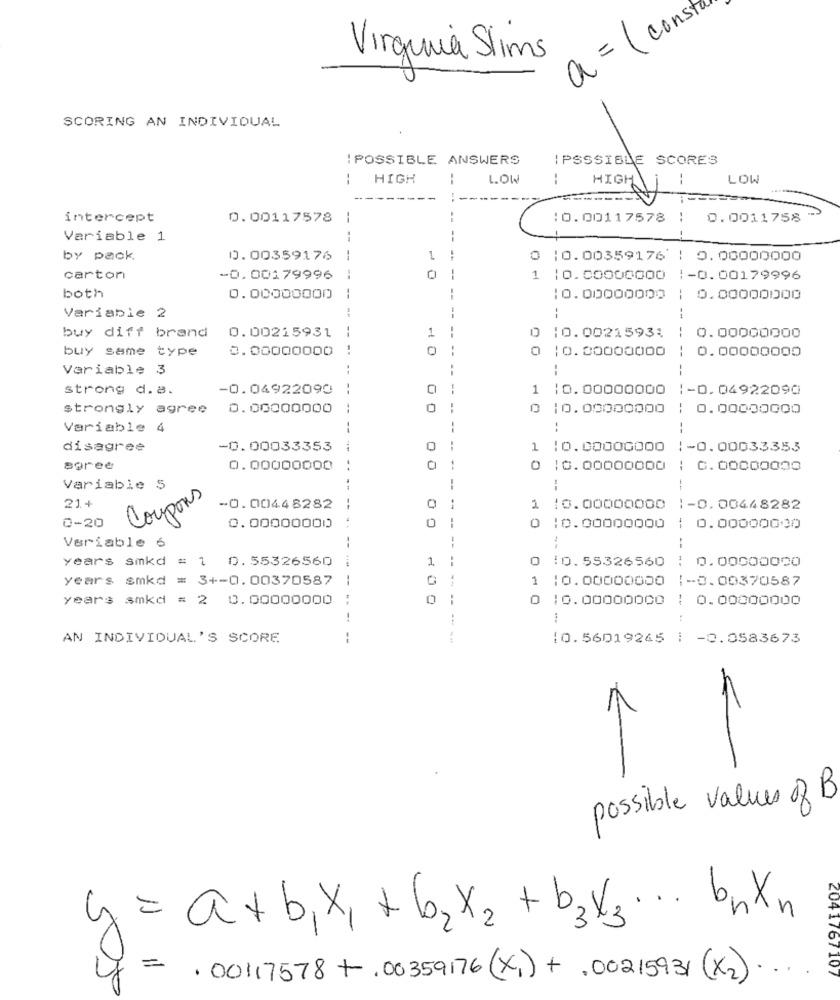
a = ( const
Virginia Slims
SCORING AN INDIVIDUAL
: POSSIBLE ANSWERS
IPSSSIBLE SCORES
HIGH
1.OW
--
HIGH
--
LOW
-
intercept
0.00117578
--
10.00117578
0.0011758
Variable 1
by pack.
0.00359176
-
1
0 10.00359176 | 0.00000000
carton
-0.00179996
--
0
--
1 | 0.00000000
:- 0. 00179996
both
0.00000000
--
10.00000000
10.00000000
:
Variable 2
1
----
buy diff brand
0.00215931
10.00215931
0.00000000
buy same type
0.00000000
--
10. 00000000
:0.00000000
Variable 3
--
--
--
strong d. a.
-0.04922090
1 10. 00000000
:- 0. 04922090
strongly agree
0.00000000
..
0
10.00000000
: 0.00000000
Variable 4
!
:
disagree
-0.00033353
..
1 10.00000000
!- 0. 00033353
Baree
0.00000000
..
1
10. 00000000
: 0. 00000000
Variable 5
--
21+
Coupons
-0.00448282
--
2
10.00000000 1-0. 00448282
0-20
0
0.00000000
--
10.00000000 | 0.00000000
Variable 6
--
--
years smkd = 1 0.55326560
1
0
10.55326560 : 0.00000020
-- ----
years smkd = 3+-0.00370587
0
1 10.00000000
1-0.00370587
years smkd = 2 0.00000000
10.00000000 : 0.00000000
AN INDIVIDUAL'S SCORE
--
10.56019245 | -0.0583673
possible values of B
y = a+ b,x, + 62x2 + b3 X3 ... bryn
=
2041767107
.00117578+,00359176 (x1) + .00215931 (x2) ...